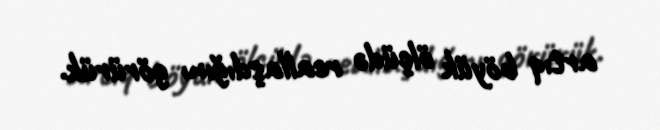
artıq böyük ölçüdə reallaşdığını görürük.